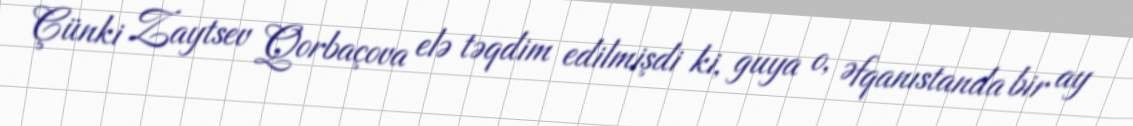
Çünki Zaytsev Qorbaçova elə təqdim edilmişdi ki, guya o, Əfqanıstanda bir ay